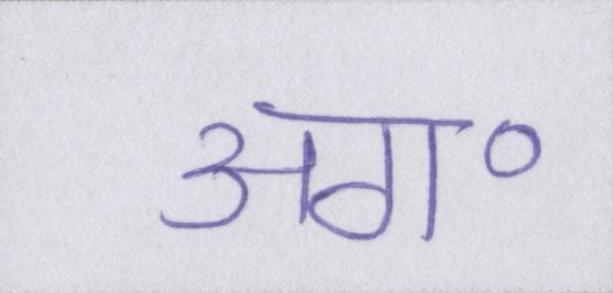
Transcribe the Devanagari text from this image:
अग॰